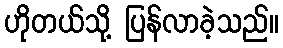
ဟိုတယ်သို့ ပြန်လာခဲ့သည်။